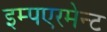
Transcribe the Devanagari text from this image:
इम्पएरमेन्ट